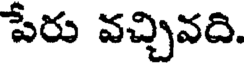
పేరు వచ్చివది.